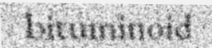
bituminoid